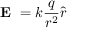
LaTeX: { \textbf { E } } = k { \frac { q } { r ^ { 2 } } } { \hat { r } }